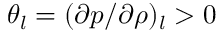
{ \theta _ { l } } = { ( \partial p / \partial \rho ) _ { l } } > 0